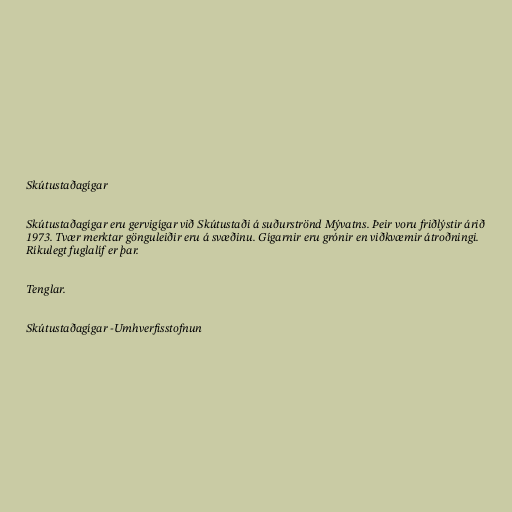
Skútustaðagígar

Skútustaðagígar eru gervigígar við Skútustaði á suðurströnd Mývatns. Þeir voru friðlýstir árið
1973. Tvær merktar gönguleiðir eru á svæðinu. Gígarnir eru grónir en viðkvæmir átroðningi.
Ríkulegt fuglalíf er þar.

Tenglar.

Skútustaðagígar -Umhverfisstofnun